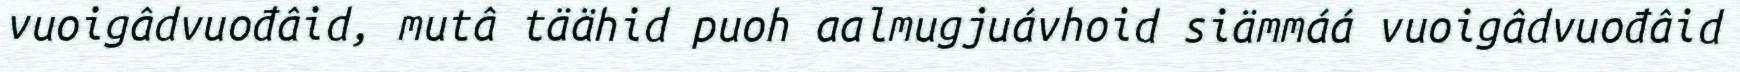
vuoigâdvuođâid, mutâ täähid puoh aalmugjuávhoid siämmáá vuoigâdvuođâid